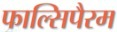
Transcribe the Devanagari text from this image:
फाल्सिपैरम